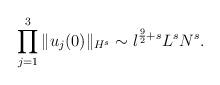
LaTeX: \begin{align*}\prod_{j = 1}^3 \| u_j(0) \|_{H^s}\sim \l^{\frac{9}{2} + s} L^s N^s.\end{align*}